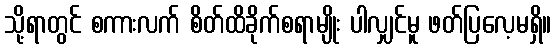
သို့ရာတွင် စကားလက် စိတ်ထိခိုက်စရာမျိုး ပါလျှင်မူ ဖတ်ပြလေ့မရှိ။